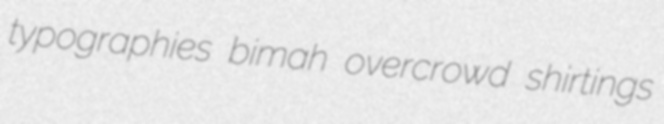
typographies bimah overcrowd shirtings